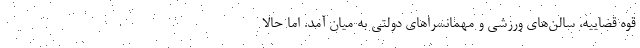
قوه قضاییه، سالن‌های ورزشی و مهمانسراهای دولتی به میان آمد. اما حالا